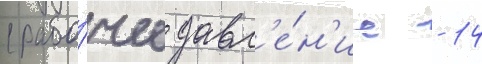
(рабо́чее давл'е́н'ие - 14